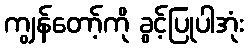
ကျွန်တော့်ကို ခွင့်ပြုပါအုံး